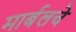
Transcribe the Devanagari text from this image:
मार्बलचे